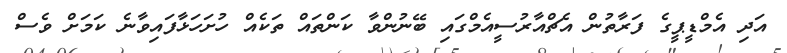
އަދި އެމްޑީޕީގެ ފަރާތުން އެޗްއާރުސީއެމްގައި ބޭނުންވާ ކަންތައް ތަކެއް ހުށަހަޅާފައިވާނެ ކަމަށް ވެސް